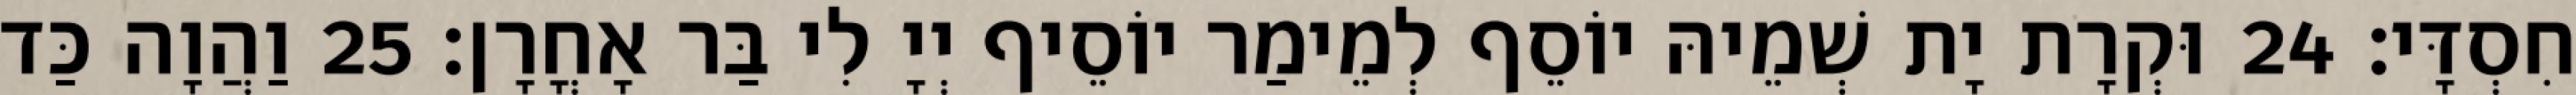
חִסְדָּי׃ 24 וּקְרָת יָת שְׁמֵיהּ יוֹסֵף לְמֵימַר יוֹסֵיף יְיָ לִי בַּר אָחֳרָן׃ 25 וַהֲוָה כַּד